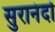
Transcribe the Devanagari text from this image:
सुरानंदो